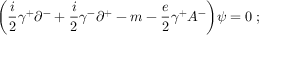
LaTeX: \biggl ( { \frac { i } { 2 } } \gamma ^ { + } \partial ^ { - } + { \frac { i } { 2 } } \gamma ^ { - } \partial ^ { + } - m - { \frac { e } { 2 } } \gamma ^ { + } A ^ { - } \biggr ) \psi = 0 \; ;